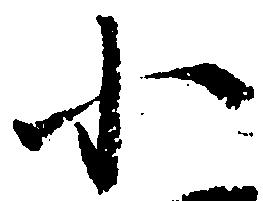
小